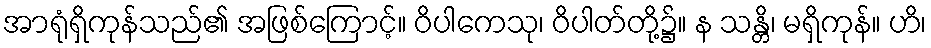
အာရုံရှိကုန်သည်၏ အဖြစ်ကြောင့်။ ဝိပါကေသု၊ ဝိပါတ်တို့၌။ န သန္တိ၊ မရှိကုန်။ ဟိ၊